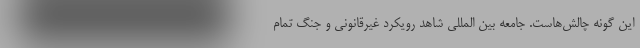
این گونه چالش‌هاست. جامعه بین المللی شاهد رویکرد غیرقانونی و جنگ تمام